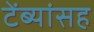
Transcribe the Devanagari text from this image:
टेंब्यांसह